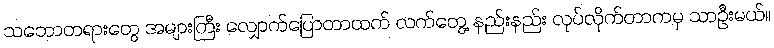
သဘောတရားတွေ အများကြီး လျှောက်ပြောတာထက် လက်တွေ့ နည်းနည်း လုပ်လိုက်တာကမှ သာဦးမယ်။